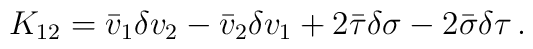
K_{12} = \bar v_1 \delta v_2 - \bar v_2 \delta v_1 + 2\bar\tau\delta\sigma- 2\bar\sigma\delta\tau\, .